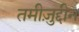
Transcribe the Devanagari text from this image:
तमीज़ुद्दीन